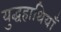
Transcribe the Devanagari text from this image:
युद्धहाथियाँ